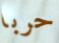
حربا